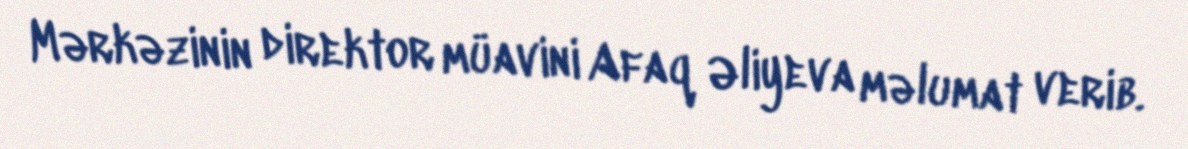
Mərkəzinin direktor müavini Afaq Əliyeva məlumat verib.